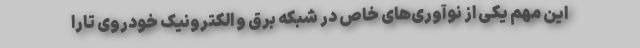
این مهم یکی از نوآوری‌های خاص در شبکه برق و الکترونیک خودروی تارا